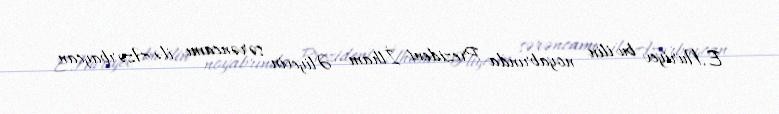
E.Nuriyev bu ilin noyabrında Prezident İlham Əliyevin sərəncamı ilə Azərbaycan